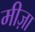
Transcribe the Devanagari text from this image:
मीज़ा